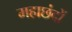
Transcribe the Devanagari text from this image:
महाछंदों